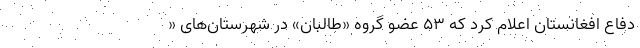
دفاع افغانستان اعلام کرد که ۵۳ عضو گروه «طالبان» در شهرستان‌های «